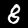
Digit: 8